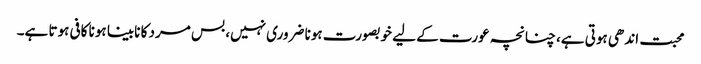
محبت اندھی ہوتی ہے، چنانچہ عورت کے لیے خوبصورت ہونا ضروری نہیں، بس مرد کا نابینا ہونا کافی ہوتا ہے۔